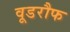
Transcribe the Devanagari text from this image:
वूडरौफ